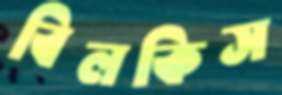
বিলকিস